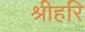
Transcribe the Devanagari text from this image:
श्रीहरि